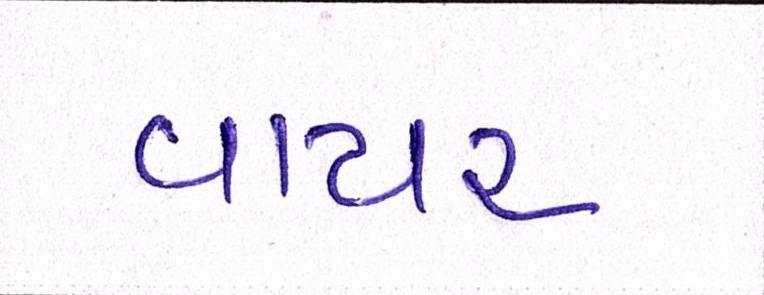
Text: વાયર